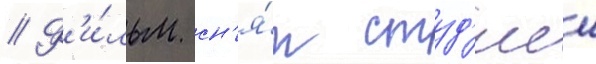
// Ф'и́льм сн'я́т студ'иеи